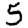
Digit: 5